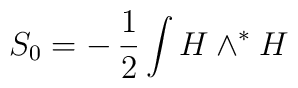
S_0=-\,\frac{1}{2}\int H\wedge^\ast H